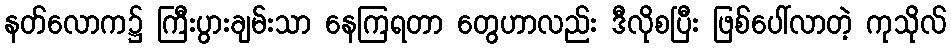
နတ်လောက၌ ကြီးပွားချမ်းသာ နေကြရတာ တွေဟာလည်း ဒီလိုစပြီး ဖြစ်ပေါ်လာတဲ့ ကုသိုလ်